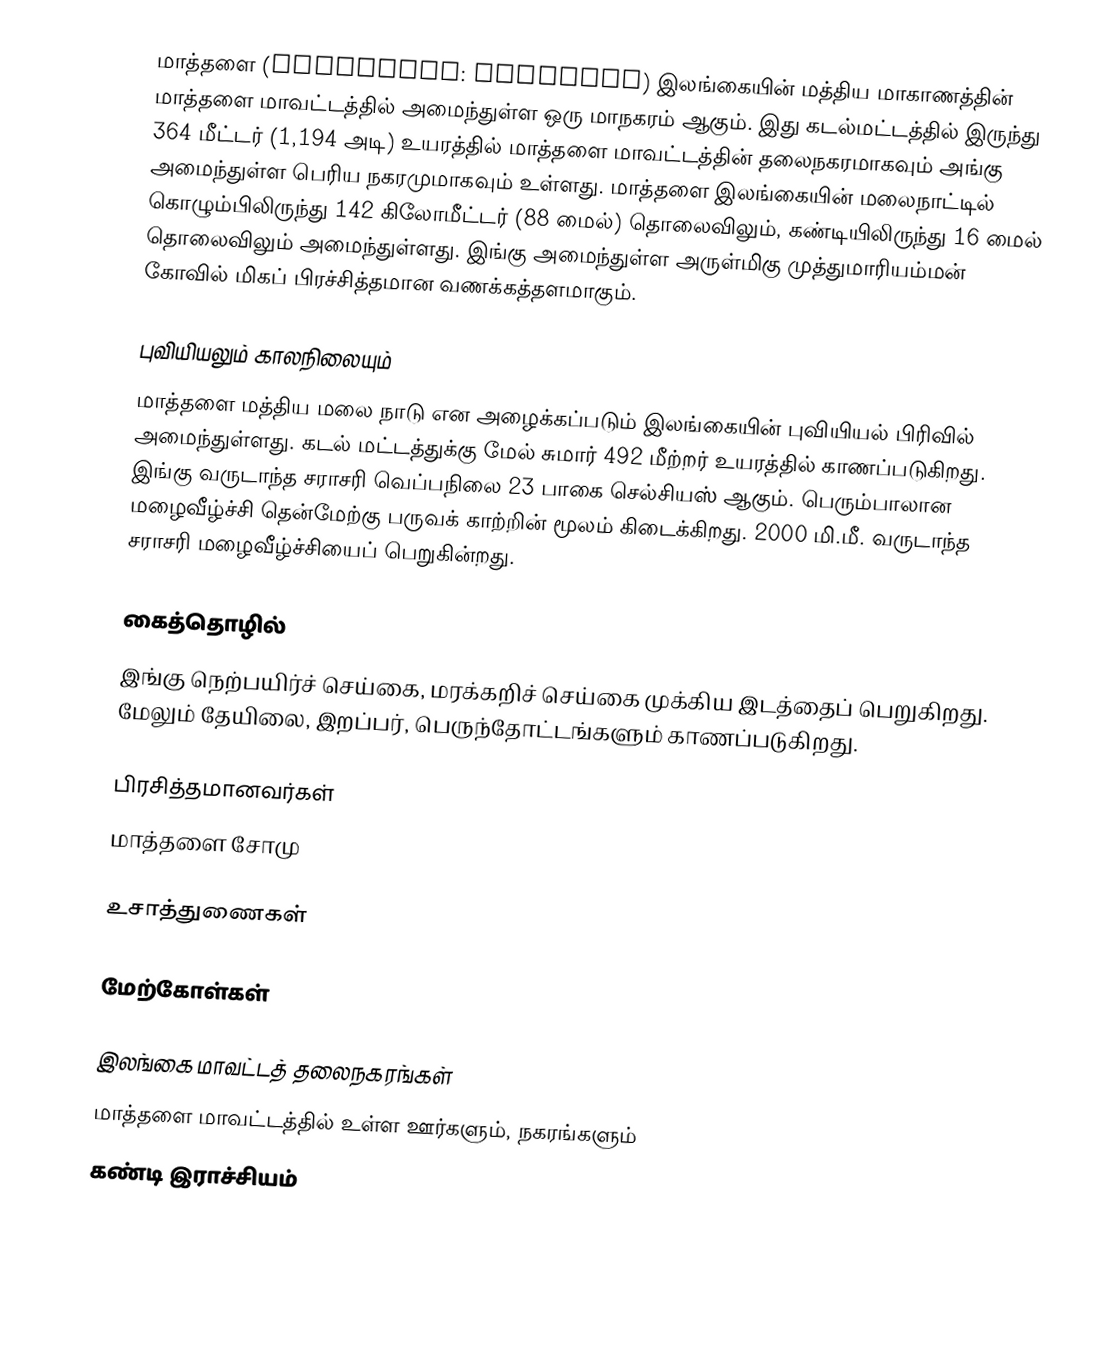
மாத்தளை (romanized: Māttaḷai) இலங்கையின் மத்திய மாகாணத்தின் மாத்தளை மாவட்டத்தில் அமைந்துள்ள ஒரு மாநகரம் ஆகும். இது கடல்மட்டத்தில் இருந்து 364 மீட்டர் (1,194 அடி) உயரத்தில் மாத்தளை மாவட்டத்தின் தலைநகரமாகவும் அங்கு அமைந்துள்ள பெரிய நகரமுமாகவும் உள்ளது. மாத்தளை இலங்கையின் மலைநாட்டில் கொழும்பிலிருந்து 142 கிலோமீட்டர் (88 மைல்) தொலைவிலும், கண்டியிலிருந்து 16 மைல் தொலைவிலும் அமைந்துள்ளது. இங்கு அமைந்துள்ள அருள்மிகு முத்துமாரியம்மன் கோவில் மிகப் பிரச்சித்தமான வணக்கத்தளமாகும்.

புவியியலும் காலநிலையும்
மாத்தளை மத்திய மலை நாடு என அழைக்கப்படும் இலங்கையின் புவியியல் பிரிவில் அமைந்துள்ளது. கடல் மட்டத்துக்கு மேல் சுமார் 492 மீற்றர் உயரத்தில் காணப்படுகிறது. இங்கு வருடாந்த சராசரி வெப்பநிலை 23 பாகை செல்சியஸ் ஆகும். பெரும்பாலான மழைவீழ்ச்சி தென்மேற்கு பருவக் காற்றின் மூலம் கிடைக்கிறது. 2000 மி.மீ. வருடாந்த சராசரி மழைவீழ்ச்சியைப் பெறுகின்றது.

கைத்தொழில்
இங்கு நெற்பயிர்ச் செய்கை, மரக்கறிச் செய்கை முக்கிய இடத்தைப் பெறுகிறது. மேலும் தேயிலை, இறப்பர், பெருந்தோட்டங்களும் காணப்படுகிறது.

பிரசித்தமானவர்கள்
மாத்தளை சோமு

உசாத்துணைகள்

மேற்கோள்கள்

இலங்கை மாவட்டத் தலைநகரங்கள்
மாத்தளை மாவட்டத்தில் உள்ள ஊர்களும், நகரங்களும்
கண்டி இராச்சியம்